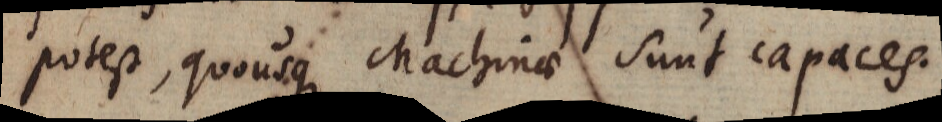
potest, quousque Machinae sunt capaces.